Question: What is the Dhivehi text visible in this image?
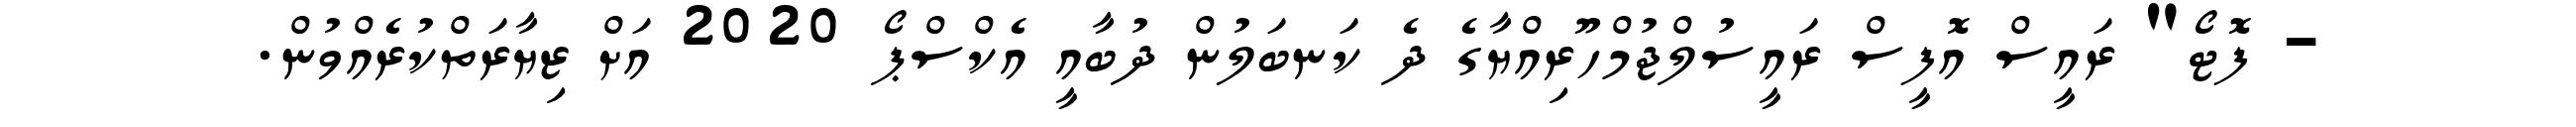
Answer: - ފޮޓޯ" ރައީސް އޮފީސް ރައީސުލްޖުމްހޫރިއްޔާގެ ދެ ކަނބަލުން ދުބާއީ އެކްސްޕޯ 2020 އަށް ޒިޔާރަތްކުރެއްވުން.